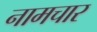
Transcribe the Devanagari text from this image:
नामचार